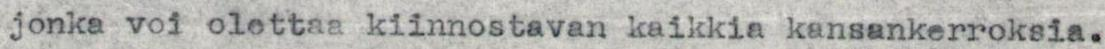
jonka voi olettaa kiinnostavan kaikkia kansankerroksia.